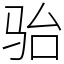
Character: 骀